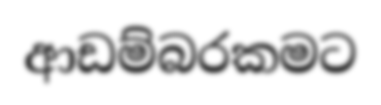
ආඩම්බරකමට